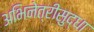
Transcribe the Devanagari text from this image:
अभिनेत्रीसुद्धा